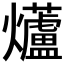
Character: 𭶨